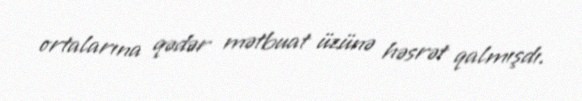
ortalarına qədər mətbuat üzünə həsrət qalmışdı.